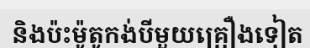
និងប៉ះម៉ូតូកង់បីមួយគ្រឿងទៀត